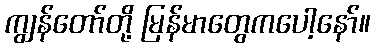
ကျွန်တော်တို့ မြန်မာတွေကပေါ့နော်။